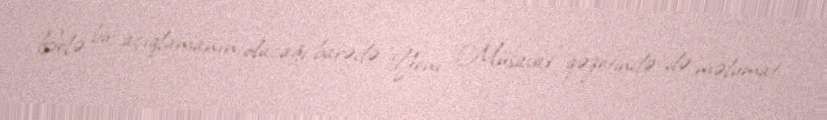
Belə bir açıqlamanın olacağı barədə ”Yeni Müsavat" qəzetində də məlumat